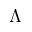
\Lambda